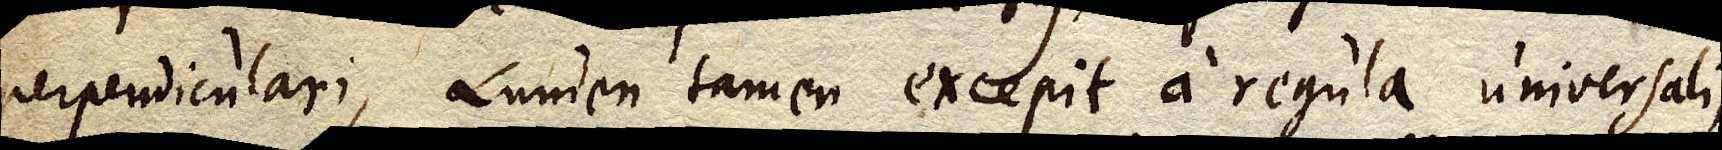
perpendiculari, Lumen tamen excepit a regula universali;